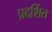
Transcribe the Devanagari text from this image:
प्रदर्शित